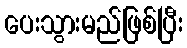
ပေးသွားမည်ဖြစ်ပြီး